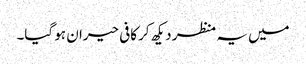
میں یہ منظر دیکھ کر کافی حیران ہو گیا۔